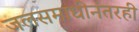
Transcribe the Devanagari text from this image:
जलसमाधीनंतरही